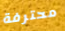
محترفة